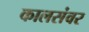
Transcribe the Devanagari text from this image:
कालसंवर